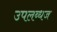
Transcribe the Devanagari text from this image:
उपलब्धज